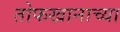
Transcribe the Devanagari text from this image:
तोफखानाच्या